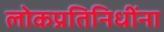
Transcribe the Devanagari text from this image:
लोकप्रतिनिधींना